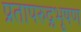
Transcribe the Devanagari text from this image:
प्रतापरुद्रभूषण